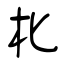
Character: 朼